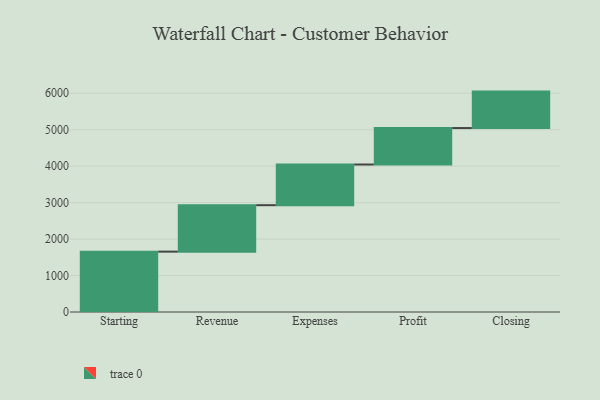
{"axis": {"x": "Step", "y": "Value"}, "legend": [""], "data": [{"x": "Starting", "y": 1656.0, "type": ""}, {"x": "Revenue", "y": 1274.0, "type": ""}, {"x": "Expenses", "y": 1116.0, "type": ""}, {"x": "Profit", "y": 1000, "type": ""}, {"x": "Closing", "y": 1000, "type": ""}]}